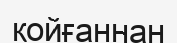
қойғаннан